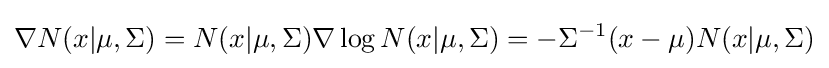
\nabla N(x|\mu ,\Sigma )=N(x|\mu ,\Sigma )\nabla \log N(x|\mu ,\Sigma )=-\Sigma ^{-1}(x-\mu )N(x|\mu ,\Sigma )